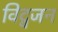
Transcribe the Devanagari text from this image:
विद्वजन